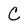
Character: c